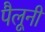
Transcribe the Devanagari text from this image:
पैलूनी